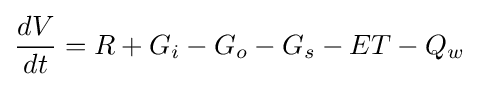
{\frac {dV}{dt}}=R+G_{i}-G_{o}-G_{s}-ET-Q_{w}